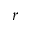
r